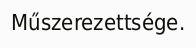
Műszerezettsége.